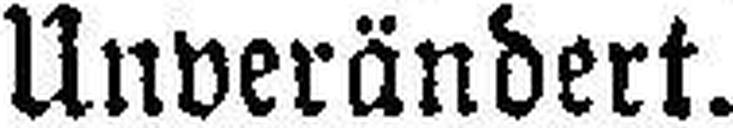
Unverändert.